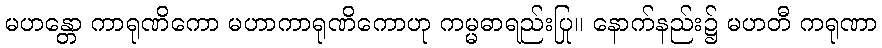
မဟန္တော ကာရုဏိကော မဟာကာရုဏိကောဟု ကမ္မဓာရည်းပြု။ နောက်နည်း၌ မဟတီ ကရုဏာ